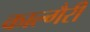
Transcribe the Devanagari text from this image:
काल्गैरी